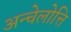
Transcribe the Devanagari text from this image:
अन्चेलोत्ति